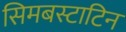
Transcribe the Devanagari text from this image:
सिमबस्टाटिन